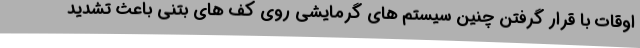
اوقات با قرار گرفتن چنین سیستم های گرمایشی روی کف های بتنی باعث تشدید